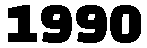
1990